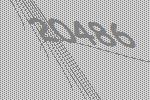
20486